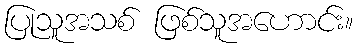
ပြုသူအသစ် ဖြစ်သူအဟောင်း။